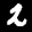
Label: 2